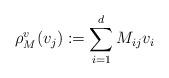
LaTeX: \begin{align*} \rho^v_M(v_j) := \sum_{i=1}^d M_{ij} v_i \end{align*}